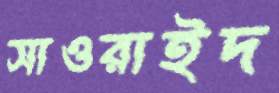
সাওরাইদ